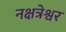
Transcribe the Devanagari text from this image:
नक्षत्रेश्वर